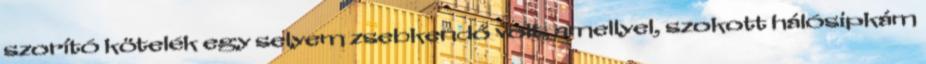
szorító kötelék egy selyem zsebkendő volt, amellyel, szokott hálósipkám